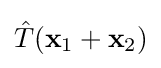
{\hat {T}}(\mathbf {x} _{1}+\mathbf {x} _{2})